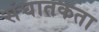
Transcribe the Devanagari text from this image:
संघातकता